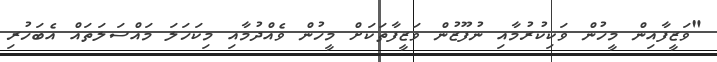
"ވަޒީފާއިން މީހުން ވަކިކުރުމާއި ނުފޫޒުން ވަޒީފާތަކަށް މީހުން ވެއްދުމާއި މިކަހަލަ މައްސަލަތައް އެބަހުރި